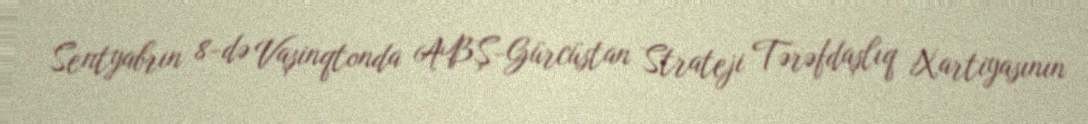
Sentyabrın 8-də Vaşinqtonda ABŞ-Gürcüstan Strateji Tərəfdaşlıq Xartiyasının